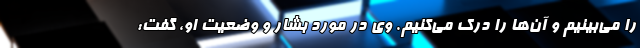
را می‌بینیم و آن‌ها را درک می‌کنیم. وی در مورد بشار و وضعیت او، گفت: